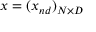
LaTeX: x = ( x _ { n d } ) _ { N \times { D } }